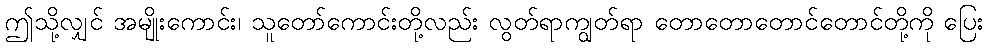
ဤသို့လျှင် အမျိုးကောင်း၊ သူတော်ကောင်းတို့လည်း လွတ်ရာကျွတ်ရာ တောတောတောင်တောင်တို့ကို ပြေး